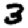
Digit: 3